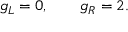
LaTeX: g _ { L } = 0 , \ \ \ \ \ \ g _ { R } = 2 .